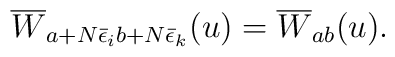
\overline{W}_{a+N\bar{\epsilon }_i b+N\bar{\epsilon }_k}(u)=\overline{W}_{ab}(u).